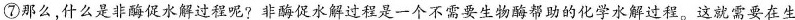
⑦那么，什么是非酶促水解过程呢?非酶促水解过程是一个不需要生物酶帮助的化学水解过程。这就需要在生